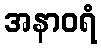
အနာဝရံ